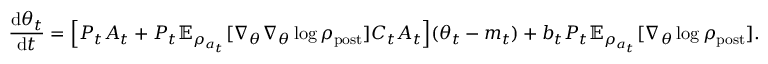
\frac { \mathrm { d } \theta _ { t } } { \mathrm { d } t } = \Bigl [ P _ { t } A _ { t } + P _ { t } \mathbb { E } _ { \rho _ { a _ { t } } } [ \nabla _ { \theta } \nabla _ { \theta } \log \rho _ { \mathrm { p o s t } } ] C _ { t } A _ { t } \Bigr ] ( \theta _ { t } - m _ { t } ) + b _ { t } P _ { t } \mathbb { E } _ { \rho _ { a _ { t } } } [ \nabla _ { \theta } \log \rho _ { \mathrm { p o s t } } ] .